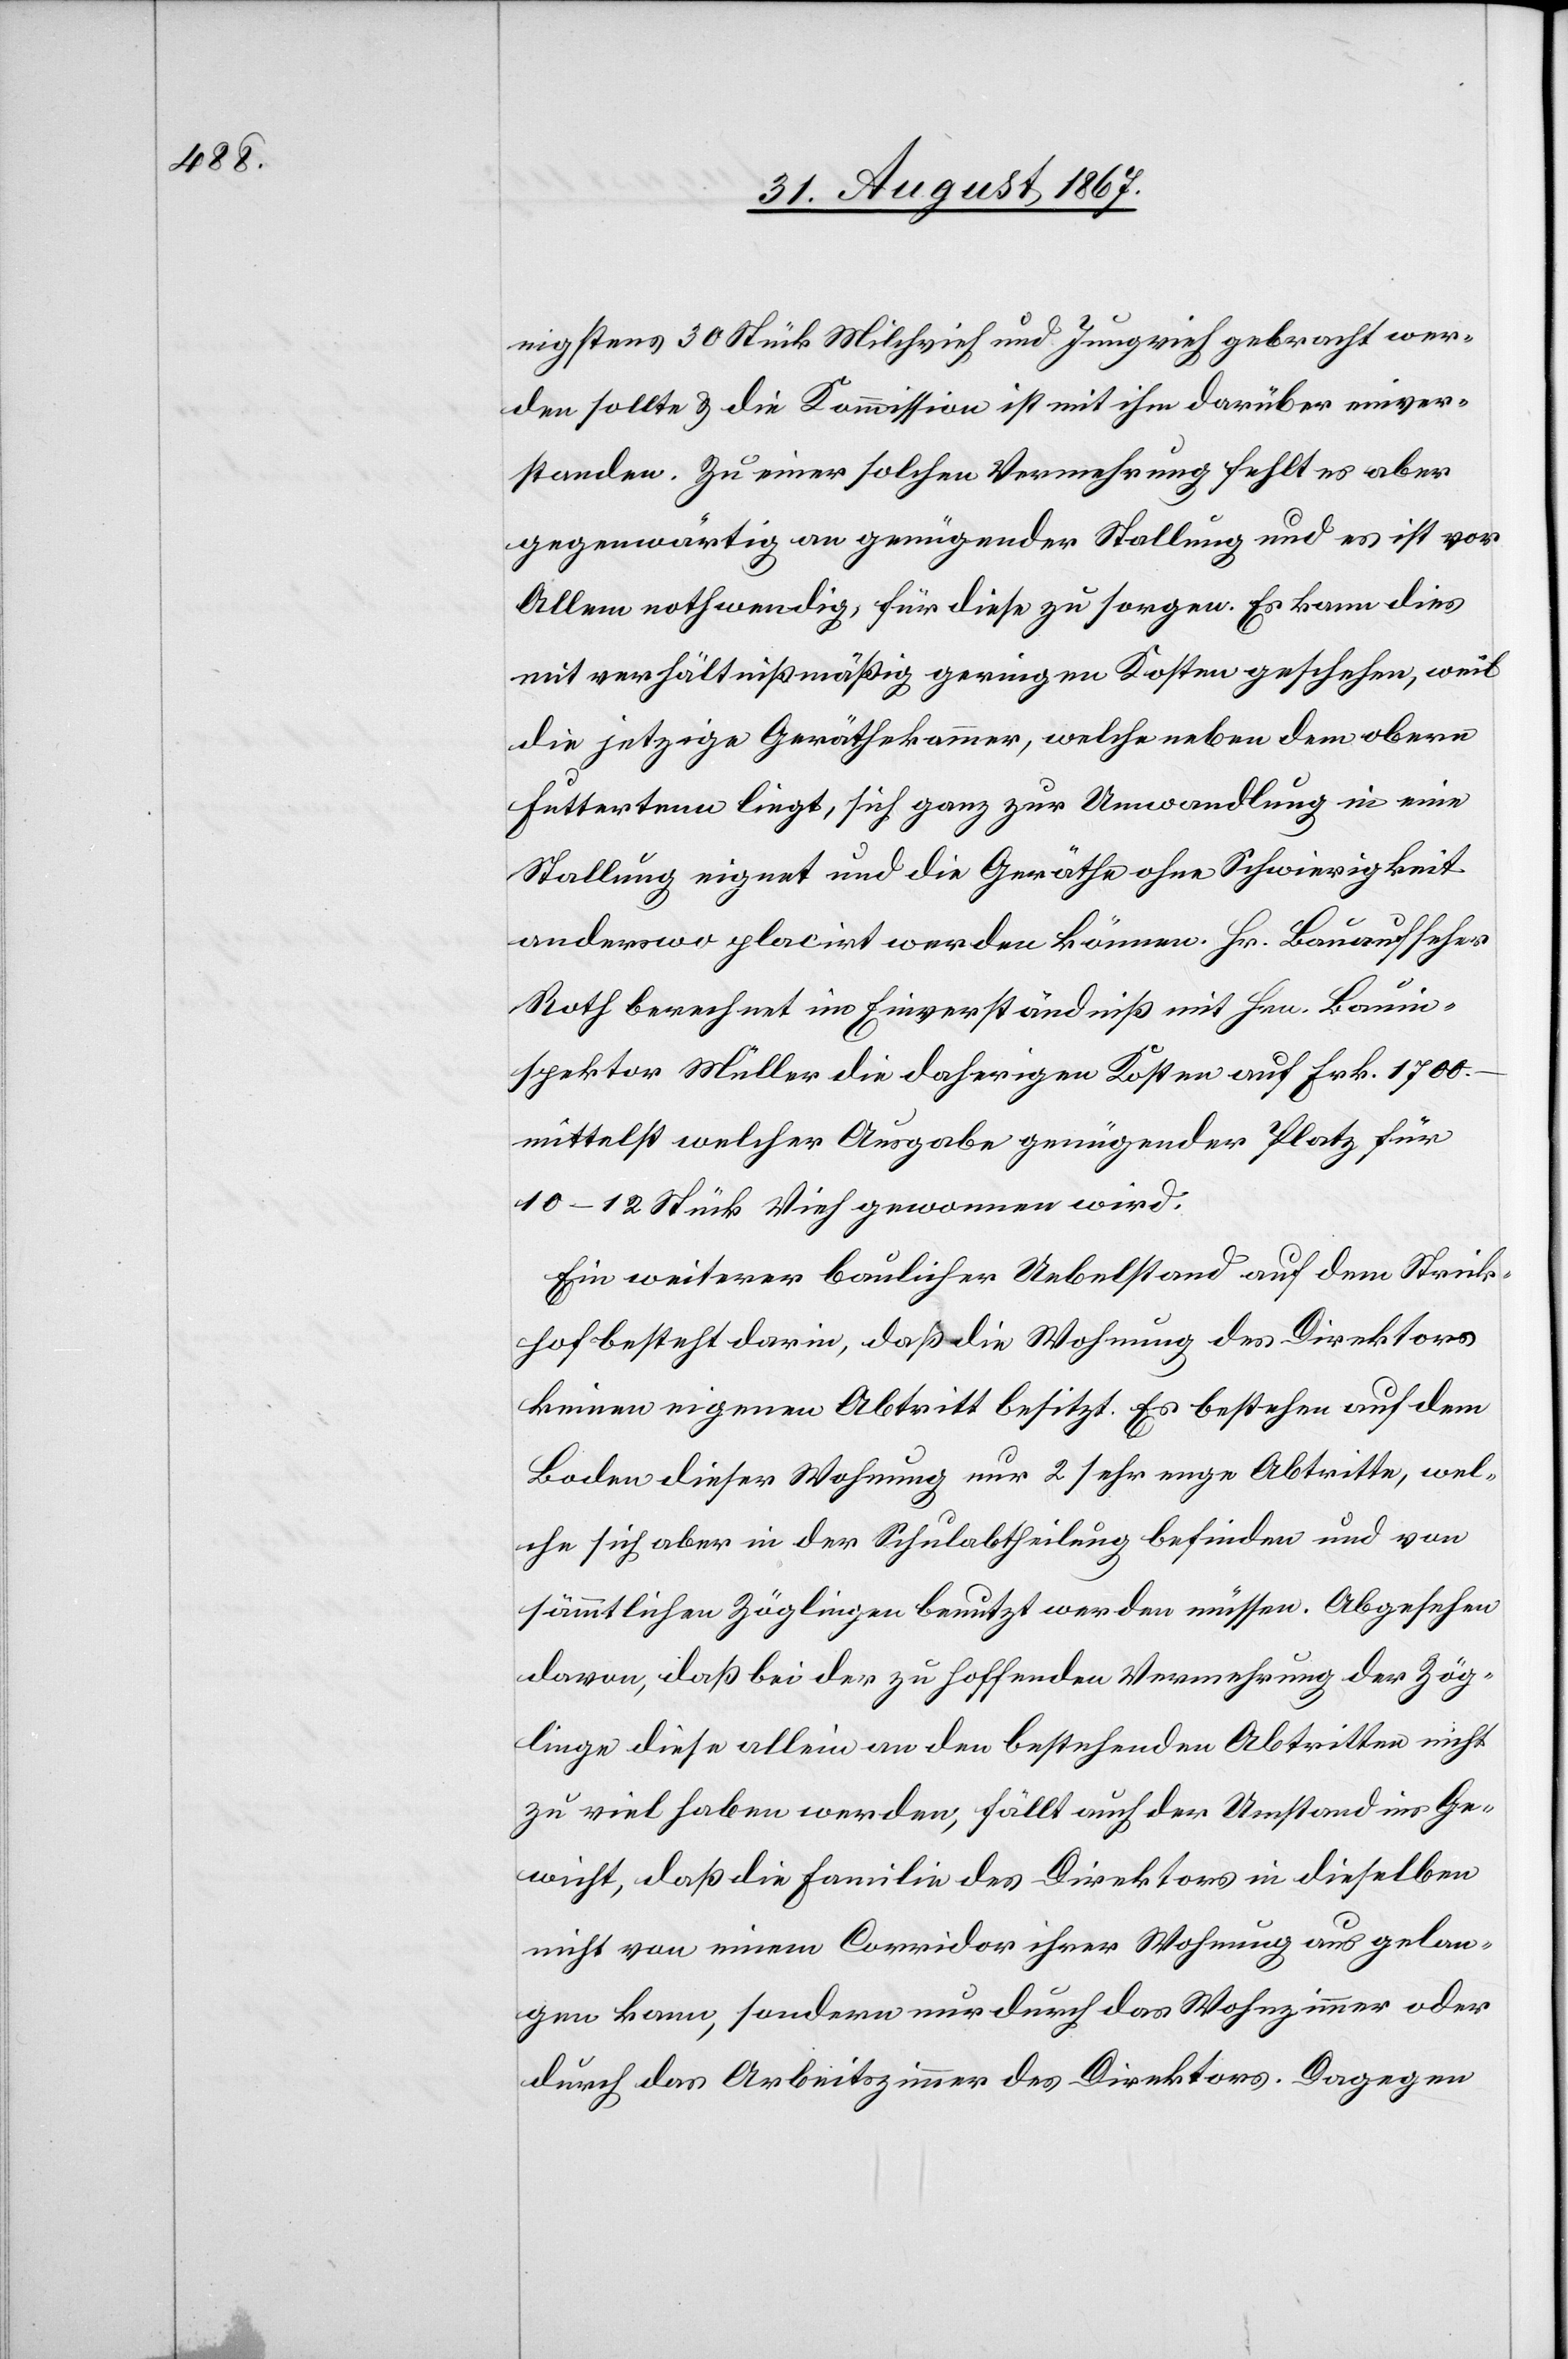
nigstens 30 Stück Milchvieh und Jungvieh gebracht wer¬
den sollte u. die Kommission ist mit ihm darüber einver¬
standen. Zu einer solchen Vermehrung fehlt es aber
gegenwärtig an genügender Stallung und es ist vor
Allem nothwendig, für diese zu sorgen. Es kann dies
mit verhältnißmäßig geringen Kosten geschehen, weil
die jetzige Geräthekammer, welche neben dem obern
Futtertenn liegt, sich ganz zur Umwandlung in eine
Stallung eignet und die Geräthe ohne Schwierigkeit
anderswo placirt werden können. Hr. Bauaufseher
Roth berechnet im Einverständniß mit Hrn. Bauin¬
spektor Müller die daherigen Kosten auf Frk. 1700.–
mittelst welcher Ausgabe genügender Platz für
10–12 Stück Vieh gewonnen wird.
Ein weiterer baulicher Uebelstand auf dem Strick¬
hof besteht darin, daß die Wohnung des Direktors
keinen eigenen Abtritt besitzt. Es bestehen auf dem
Boden dieser Wohnung nur 2 sehr enge Abtritte, wel¬
che sich aber in der Schulabtheilung befinden und von
sämmtlichen Zöglingen benutzt werden müssen. Abgesehen
davon, daß bei der zu hoffenden Vermehrung der Zög¬
linge diese allein an den bestehenden Abtritten nicht
zu viel haben werden, fällt auch der Umstand ins Ge¬
wicht, daß die Familie des Direktors in dieselben
nicht von einem Corridor ihrer Wohnung aus gelan¬
gen kann, sondern nur durch das Wohnzimmer oder
durch das Arbeitszimmer des Direktors. Dagegen